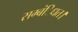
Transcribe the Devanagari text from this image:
सम्बंिधत।